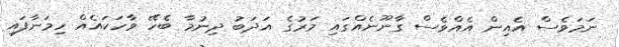
ނަމަވެސް އެއިން އެއްވެސް ގާނޫނެއްގައި މަރުގެ އަދަބު ދިނުމާ ބެހޭ ވާހަކައެއް ހިމަނާފައި